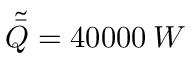
\tilde { \bar { Q } } = 4 0 0 0 0 \: W